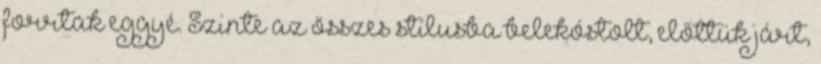
forrtak eggyé. Szinte az összes stílusba belekóstolt, előttük járt,